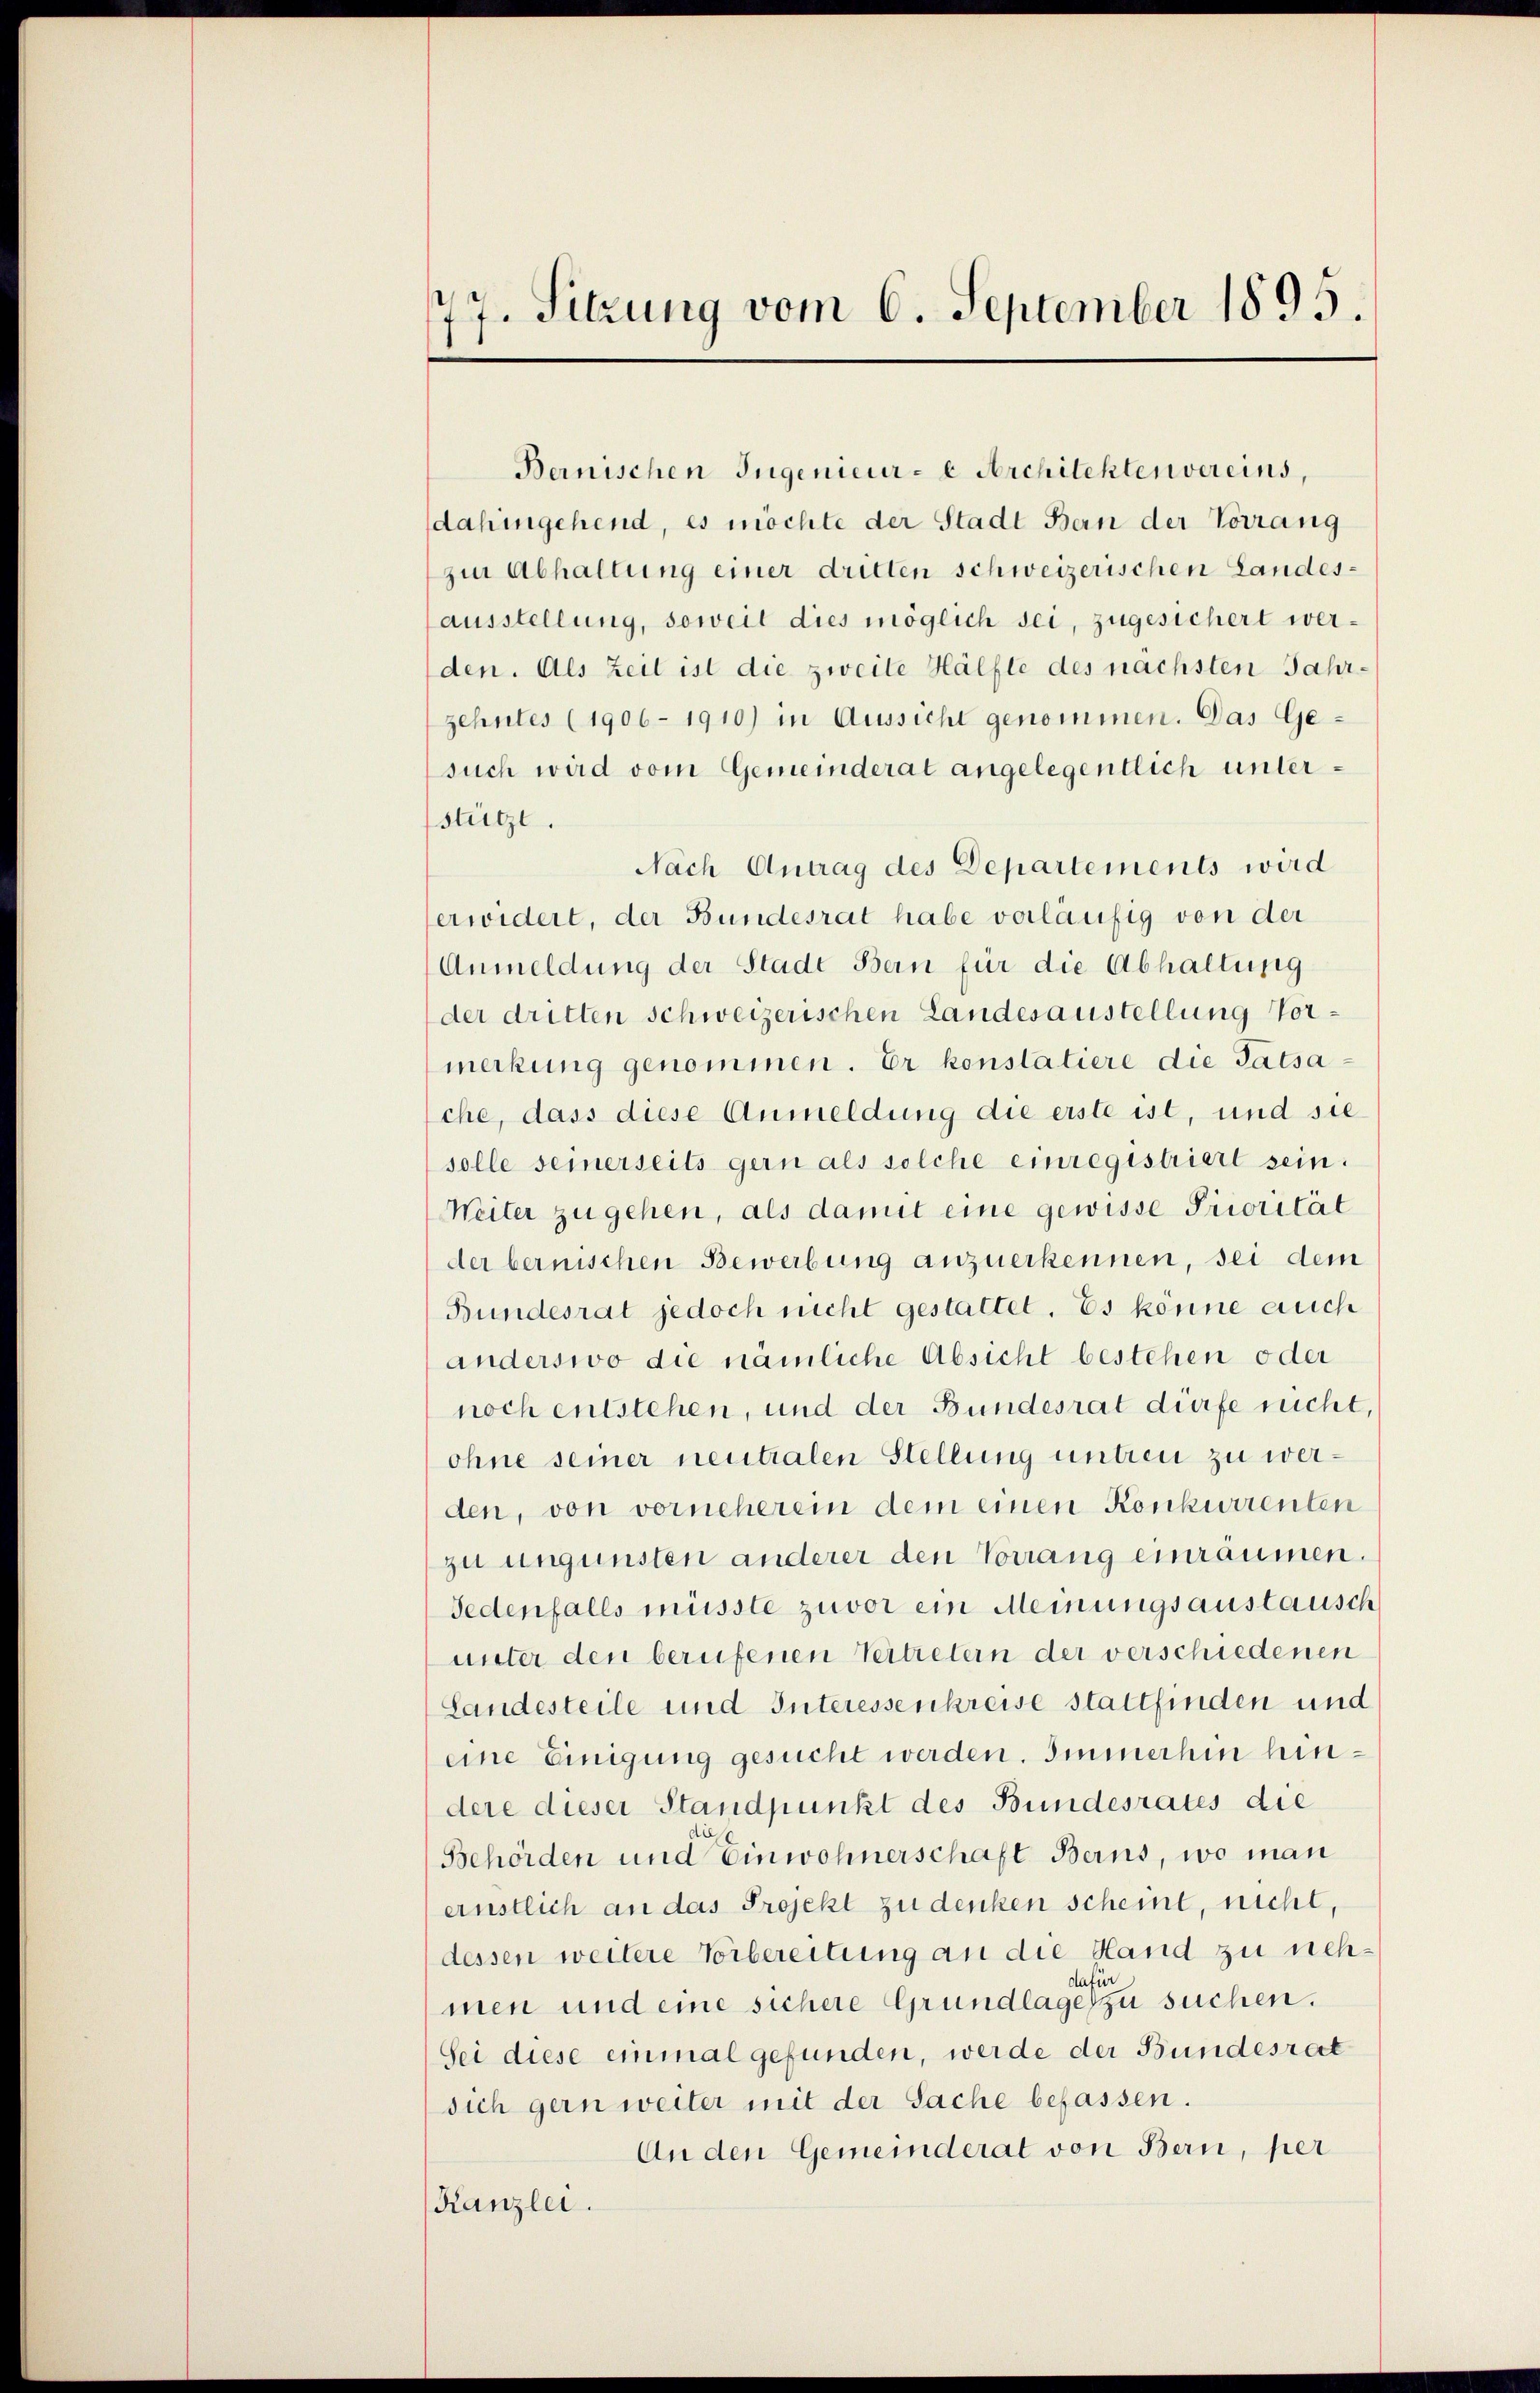
77. Sitzung vom 6. September 1895

Bernischen Ingenieur- u Architektenvereins,
dahingehend, es möchte der Stadt Bern der Vorrang
zur Abhaltung einer dritten schweizerischen Landesausstellung, soweit dies möglich sei, zugesichert werden. Als Zeit ist die zweite Hälfte des nächsten Jahrzehntes (1906 - 1910) in Aussicht genommen. Das Gesuch wird vom Gemeinderat angelegentlich unterstütze.
Nach Antrag des Departements wird
erwidert, der Bundesrat habe vorläufig von der
Anmeldung der Stadt Bern für die Abhaltung
der dritten schweizerischen Landesaustellung Vormerkung genommen. Er konstatiere die Tatsache, dass diese Anmeldung die erste ist, und sie
solle seinerseits gern als solche einregistriert sein.
Weiter zugehen, als damit eine gewisse Priorität
der bernischen Bewerbung anzuerkennen, sei dem
Bundesrat jedoch nicht gestattet. Es könne auch
anderswo die nämliche Absicht bestehen oder
noch entstehen, und der Bundesrat dürfe recht,
ohne seiner neutralen Stellung untreu zu werden, von vorneherein dem einen Konkurrenten
zu ungünsten anderer den Vorrang einräumen.
Jedenfalls müsste zuvor ein Meinungsaustausch
unter den berufenen Vertretern der verschiedenen
Landesteile und Interessenkreise stattfinden und
eine Einigung gesucht werden. Immerhin hindere dieser Standpunkt des Bundesrates die
d
Behörden und Einwohnerschaft Berns, wo man
ernstlich an das Projekt zu denken scheint, nicht,
dessen weitere Vorbereitung an die Hand zu nehdafür
men und eine sichere Grundlage zu suchen.
Sei diese einmal gefunden, werde der Bundesrat
sich gern weiter mit der Sache befassen.
An den Gemeinderat von Bern, per
Kanzlei.